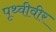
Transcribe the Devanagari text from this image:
पृथ्वीवीर